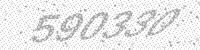
Solution: 590339